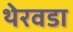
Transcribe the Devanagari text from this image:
थेरवडा